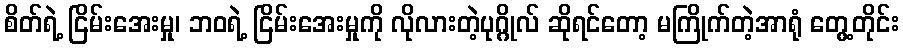
စိတ်ရဲ့ ငြိမ်းအေးမှု၊ ဘဝရဲ့ ငြိမ်းအေးမှုကို လိုလားတဲ့ပုဂ္ဂိုလ် ဆိုရင်တော့ မကြိုက်တဲ့အာရုံ တွေ့တိုင်း